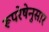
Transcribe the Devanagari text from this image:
रूपरेषेनुसार